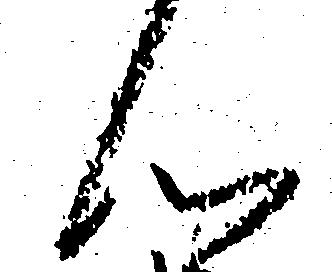
ん